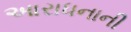
આરાધનાની